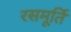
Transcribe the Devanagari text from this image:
रसमूर्ति